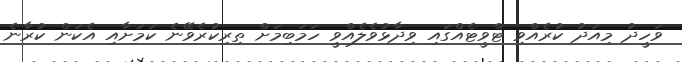
ވަހީދު މިއަދު ކުރެއްވި ޓްވީޓެއްގައި ވިދާޅުވެލެއްވީ ހަމަބިމަށް ތިރިކުރެވޭނެ ކަމަށާއި އެކަން ކުރާނެ